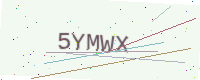
Text: 5YMWX